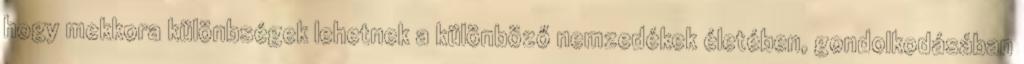
hogy mekkora különbségek lehetnek a különböző nemzedékek életében, gondolkodásában